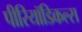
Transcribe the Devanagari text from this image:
पीरियॉडिकल्स